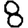
Digit: 8